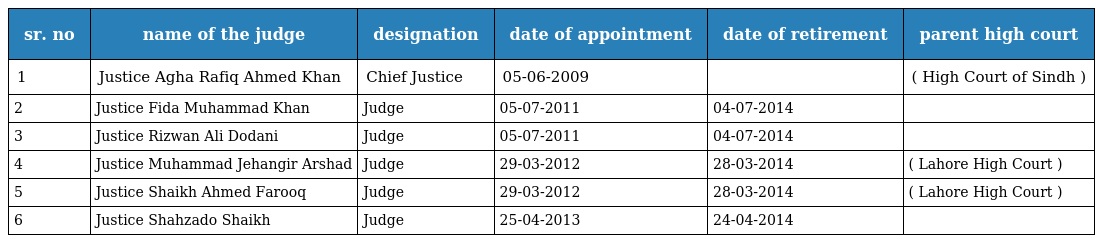
| sr. no | name of the judge | designation | date of appointment | date of retirement | parent high court |
 | --- | --- | --- | --- | --- | --- |
 | 1 | Justice Agha Rafiq Ahmed Khan | Chief Justice | 05-06-2009 |  | ( High Court of Sindh ) |
 | 2 | Justice Fida Muhammad Khan | Judge | 05-07-2011 | 04-07-2014 |  |
 | 3 | Justice Rizwan Ali Dodani | Judge | 05-07-2011 | 04-07-2014 |  |
 | 4 | Justice Muhammad Jehangir Arshad | Judge | 29-03-2012 | 28-03-2014 | ( Lahore High Court ) |
 | 5 | Justice Shaikh Ahmed Farooq | Judge | 29-03-2012 | 28-03-2014 | ( Lahore High Court ) |
 | 6 | Justice Shahzado Shaikh | Judge | 25-04-2013 | 24-04-2014 |  |